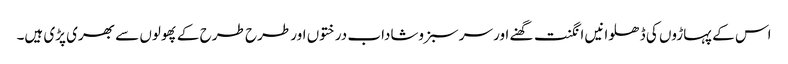
اس کے پہاڑوں کی ڈھلوانیں انگنت گھنے اور سرسبزوشاداب درختوں اور طرح طرح کے پھولوں سے بھری پڑی ہیں۔